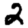
Digit: 2